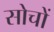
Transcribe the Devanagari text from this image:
सोचों